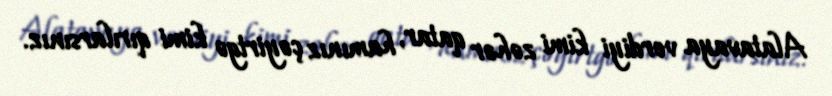
Alatavaya verdiyi kimi zəhər qatar, hamınız çəyirtgə kimi qırılarsınız.